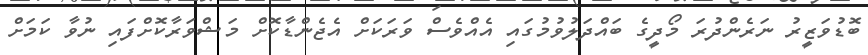
ބޮޑުވަޒީރު ނަރެންދުރަ މޯދީގެ ބައްދަލުވުމުގައި އެއްވެސް ވަރަކަށް އެޖެންޑާކޮށް މަޝްވަރާކޮށްފައި ނުވާ ކަމަށް